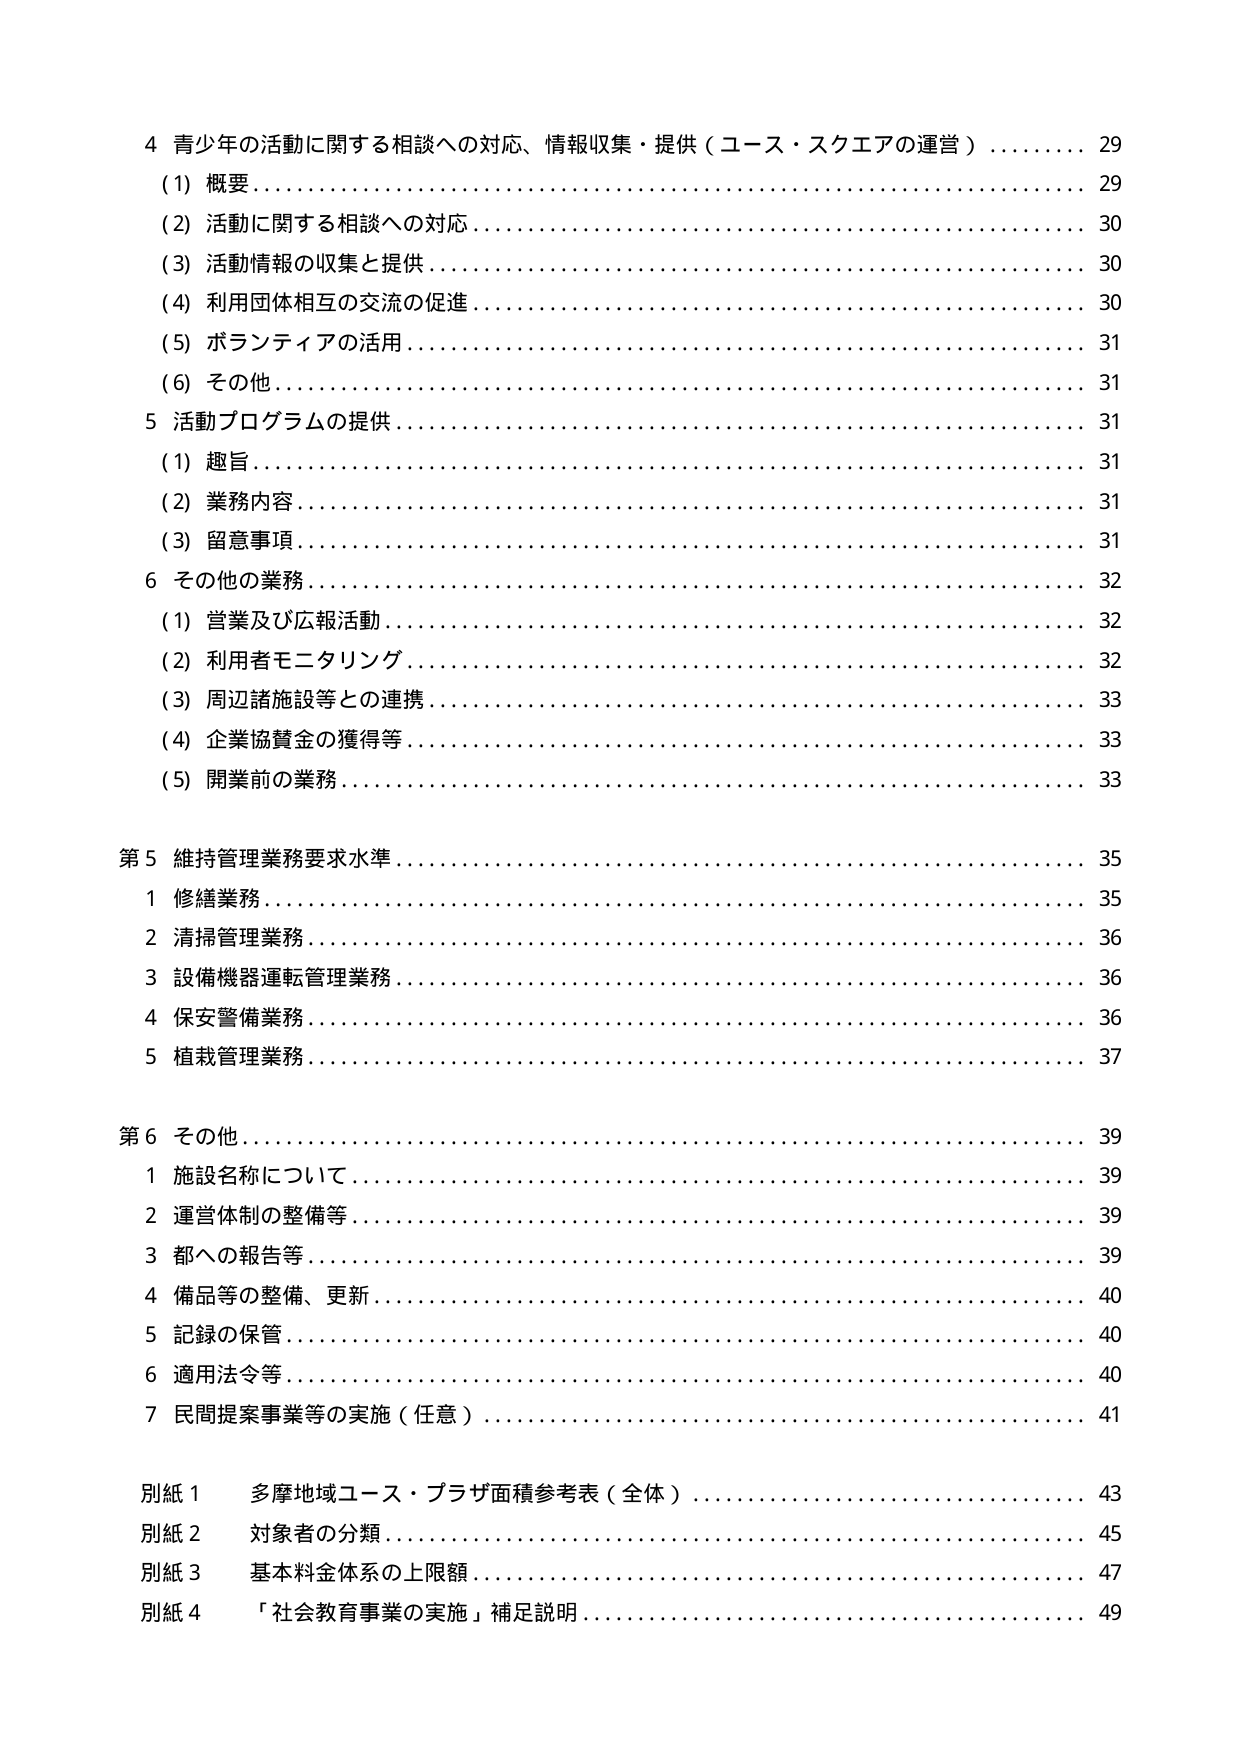
4 青少年の活動に関する相談への対応、情報収集・提供（ユース・スクエアの運営）……… 29
（1）概要………………………………………………………………………………… 29
（2）活動に関する相談への対応……………………………………………………… 30
（3）活動情報の収集と提供…………………………………………………………… 30
（4）利用団体相互の交流の促進……………………………………………………… 30
（5）ボランティアの活用……………………………………………………………… 31
（6）その他……………………………………………………………………………… 31
5 活動プログラムの提供……………………………………………………………… 31
（1）趣旨………………………………………………………………………………… 31
（2）業務内容…………………………………………………………………………… 31
（3）留意事項…………………………………………………………………………… 31
6 その他の業務………………………………………………………………………… 32
（1）営業及び広報活動………………………………………………………………… 32
（2）利用者モニタリング……………………………………………………………… 32
（3）周辺諸施設等との連携…………………………………………………………… 33
（4）企業協賛金の獲得等……………………………………………………………… 33
（5）開業前の業務……………………………………………………………………… 33

第5 維持管理業務要求水準…………………………………………………………… 35
1 修繕業務……………………………………………………………………………… 35
2 清掃管理業務………………………………………………………………………… 36
3 設備機器運転管理業務……………………………………………………………… 36
4 保安警備業務………………………………………………………………………… 36
5 植栽管理業務………………………………………………………………………… 37

第6 その他……………………………………………………………………………… 39
1 施設名称について…………………………………………………………………… 39
2 運営体制の整備等…………………………………………………………………… 39
3 都への報告等………………………………………………………………………… 39
4 備品等の整備、更新………………………………………………………………… 40
5 記録の保管…………………………………………………………………………… 40
6 適用法令等…………………………………………………………………………… 40
7 民間提案事業等の実施（任意）…………………………………………………… 41

別紙1 多摩地域ユース・プラザ面積参考表（全体）………………………………… 43
別紙2 対象者の分類…………………………………………………………………… 45
別紙3 基本料金体系の上限額………………………………………………………… 47
別紙4 「社会教育事業の実施」補足説明…………………………………………… 49